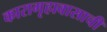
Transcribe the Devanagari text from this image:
कारागृहावासाची